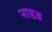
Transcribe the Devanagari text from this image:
नाहड